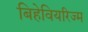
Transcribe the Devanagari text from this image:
बिहेवियरिज्म